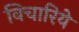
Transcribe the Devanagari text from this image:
विचारिये